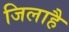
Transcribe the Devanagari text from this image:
जिलाहै